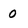
Character: 0